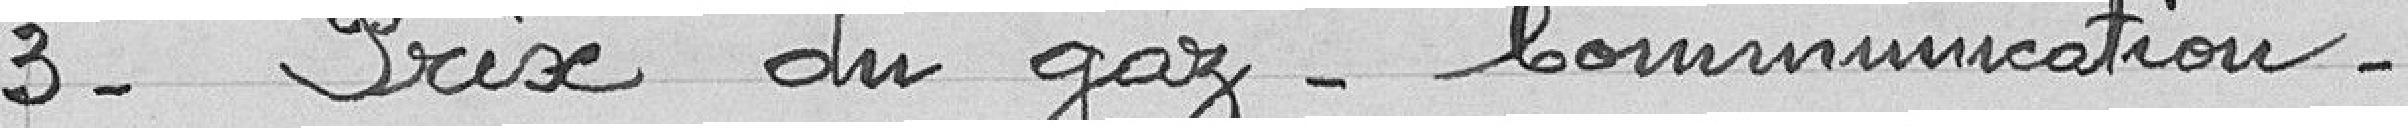
3- Prix du gaz - communication -